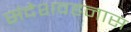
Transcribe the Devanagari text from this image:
संदेशवहनास